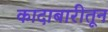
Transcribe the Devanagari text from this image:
कादाबारीतून